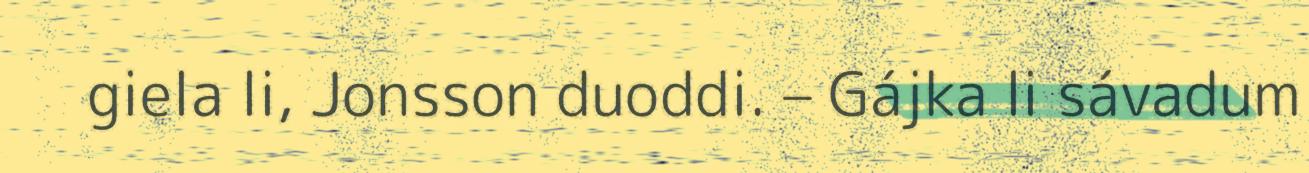
giela li, Jonsson duoddi. – Gájka li sávadum